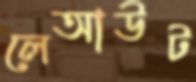
লেআউট